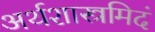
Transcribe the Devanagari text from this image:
अर्थशास्त्रमिदं